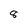
Character: 8